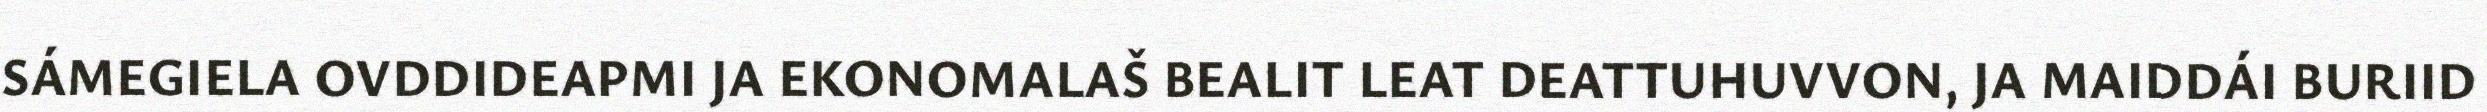
SÁMEGIELA OVDDIDEAPMI JA EKONOMALAŠ BEALIT LEAT DEATTUHUVVON, JA MAIDDÁI BURIID